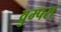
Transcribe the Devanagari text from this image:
वुम्पस